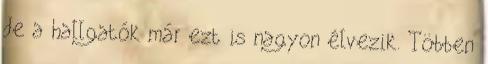
de a hallgatók már ezt is nagyon élvezik. Többen